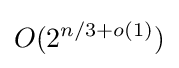
O(2^{n/3+o(1)})